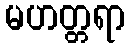
မဟတ္တရာ